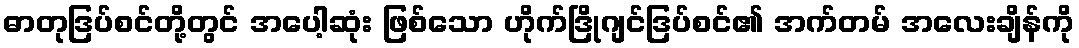
ဓာတုဒြပ်စင်တို့တွင် အပေါ့ဆုံး ဖြစ်သော ဟိုက်ဒြိုဂျင်ဒြပ်စင်၏ အက်တမ် အလေးချိန်ကို